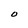
Character: O